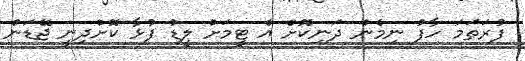
ފުރަތަމަ ހާފު ނިމެން ދަނިކޮށް އެ ޓީމަށް ލީޑު ފުޅާ ކޮށްދިނީ ޖޭޑަން